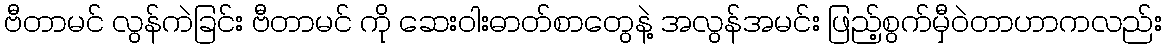
ဗီတာမင် လွန်ကဲခြင်း ဗီတာမင် ကို ဆေးဝါးဓာတ်စာတွေနဲ့ အလွန်အမင်း ဖြည့်စွက်မှီဝဲတာဟာကလည်း